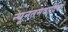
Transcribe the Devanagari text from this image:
न्यूनतमवादियों